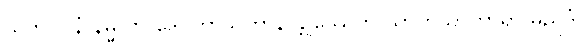
သုဘဂဝနံ နိမ္မလာ ဒေဝတာသတာနိ န္တုဿေတိ သာဟသာကာရာ မညိဒံ